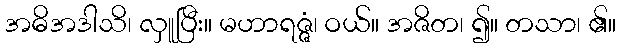
အဓိအဒါသိ၊ လှူပြီး။ မဟာရဇ္ဇံ၊ ဝယ်။ အဇိတ၊ ၍။ တသာ၊ ၏။